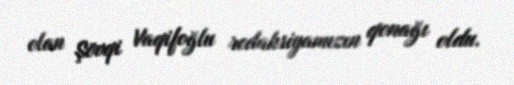
olan Şövqi Vaqifoğlu redaksiyamızın qonağı oldu.